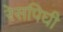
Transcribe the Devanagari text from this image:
रेसपिघी